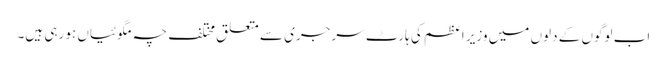
اب لوگوں کے دلوں میں وزیر اعظم کی ہارٹ سرجری سے متعلق مختلف چہ مگوئیاں ہو رہی ہیں۔